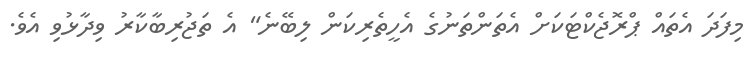
މިފަދަ އެތައް ޕްރޮޖެކްޓަކަށް އެތަންތަނުގެ އެހީތެރިކަން ލިބޭނެ" އެ ތަޖުރިބާކާރު ވިދާޅުވި އެވެ.